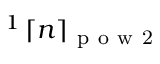
^ 1 \, \lceil n \rceil _ { \mathrm { ~ p ~ o ~ w ~ 2 ~ } }